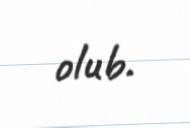
olub.